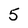
Character: 5